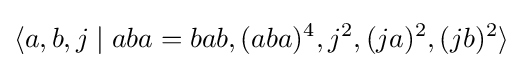
\langle a,b,j\mid aba=bab,(aba)^{4},j^{2},(ja)^{2},(jb)^{2}\rangle